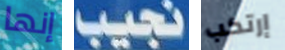
إنها نجيب إرتكب